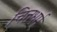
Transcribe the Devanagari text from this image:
चित्तधर्म